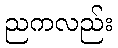
ညကလည်း